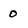
Character: 0